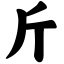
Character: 斤